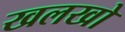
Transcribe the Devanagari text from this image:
खलखो